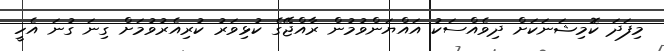
މިފަދަ ކޮމިޝަނަކަށް ދިވެއްސަކު އައްޔަންވުމުން ރާއްޖޭގެ ކުޅިވަރު ކުރިއެރުވުމަށް ގިނަ ގުނަ އެހީ